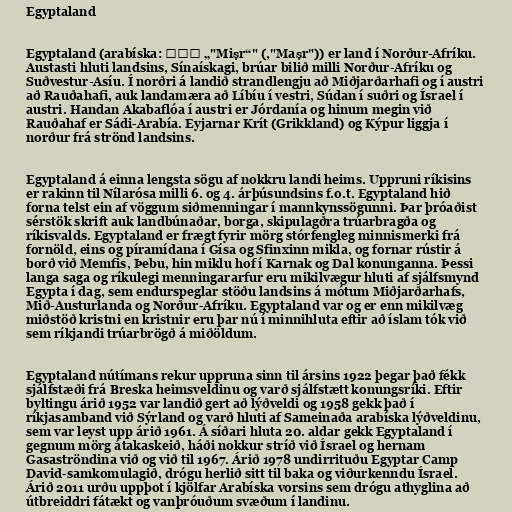
Egyptaland

Egyptaland (arabíska: مصر „"Miṣr“" (,"Maṣr")) er land í Norður-Afríku.
Austasti hluti landsins, Sínaískagi, brúar bilið milli Norður-Afríku og
Suðvestur-Asíu. Í norðri á landið strandlengju að Miðjarðarhafi og í austri
að Rauðahafi, auk landamæra að Líbíu í vestri, Súdan í suðri og Ísrael í
austri. Handan Akabaflóa í austri er Jórdanía og hinum megin við
Rauðahaf er Sádi-Arabía. Eyjarnar Krít (Grikkland) og Kýpur liggja í
norður frá strönd landsins.

Egyptaland á einna lengsta sögu af nokkru landi heims. Uppruni ríkisins
er rakinn til Nílarósa milli 6. og 4. árþúsundsins f.o.t. Egyptaland hið
forna telst ein af vöggum siðmenningar í mannkynssögunni. Þar þróaðist
sérstök skrift auk landbúnaðar, borga, skipulagðra trúarbragða og
ríkisvalds. Egyptaland er frægt fyrir mörg stórfengleg minnismerki frá
fornöld, eins og píramídana í Gísa og Sfinxinn mikla, og fornar rústir á
borð við Memfis, Þebu, hin miklu hof í Karnak og Dal konunganna. Þessi
langa saga og ríkulegi menningararfur eru mikilvægur hluti af sjálfsmynd
Egypta í dag, sem endurspeglar stöðu landsins á mótum Miðjarðarhafs,
Mið-Austurlanda og Norður-Afríku. Egyptaland var og er enn mikilvæg
miðstöð kristni en kristnir eru þar nú í minnihluta eftir að íslam tók við
sem ríkjandi trúarbrögð á miðöldum.

Egyptaland nútímans rekur uppruna sinn til ársins 1922 þegar það fékk
sjálfstæði frá Breska heimsveldinu og varð sjálfstætt konungsríki. Eftir
byltingu árið 1952 var landið gert að lýðveldi og 1958 gekk það í
ríkjasamband við Sýrland og varð hluti af Sameinaða arabíska lýðveldinu,
sem var leyst upp árið 1961. Á síðari hluta 20. aldar gekk Egyptaland í
gegnum mörg átakaskeið, háði nokkur stríð við Ísrael og hernam
Gasaströndina við og við til 1967. Árið 1978 undirrituðu Egyptar Camp
David-samkomulagið, drógu herlið sitt til baka og viðurkenndu Ísrael.
Árið 2011 urðu uppþot í kjölfar Arabíska vorsins sem drógu athyglina að
útbreiddri fátækt og vanþróuðum svæðum í landinu.